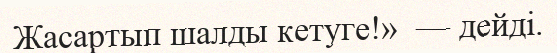
Жасартып шалды кетуге!»  — дейді.